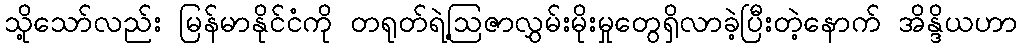
သို့သော်လည်း မြန်မာနိုင်ငံကို တရုတ်ရဲ့ဩဇာလွှမ်းမိုးမှုတွေရှိလာခဲ့ပြီးတဲ့နောက် အိန္ဒိယဟာ